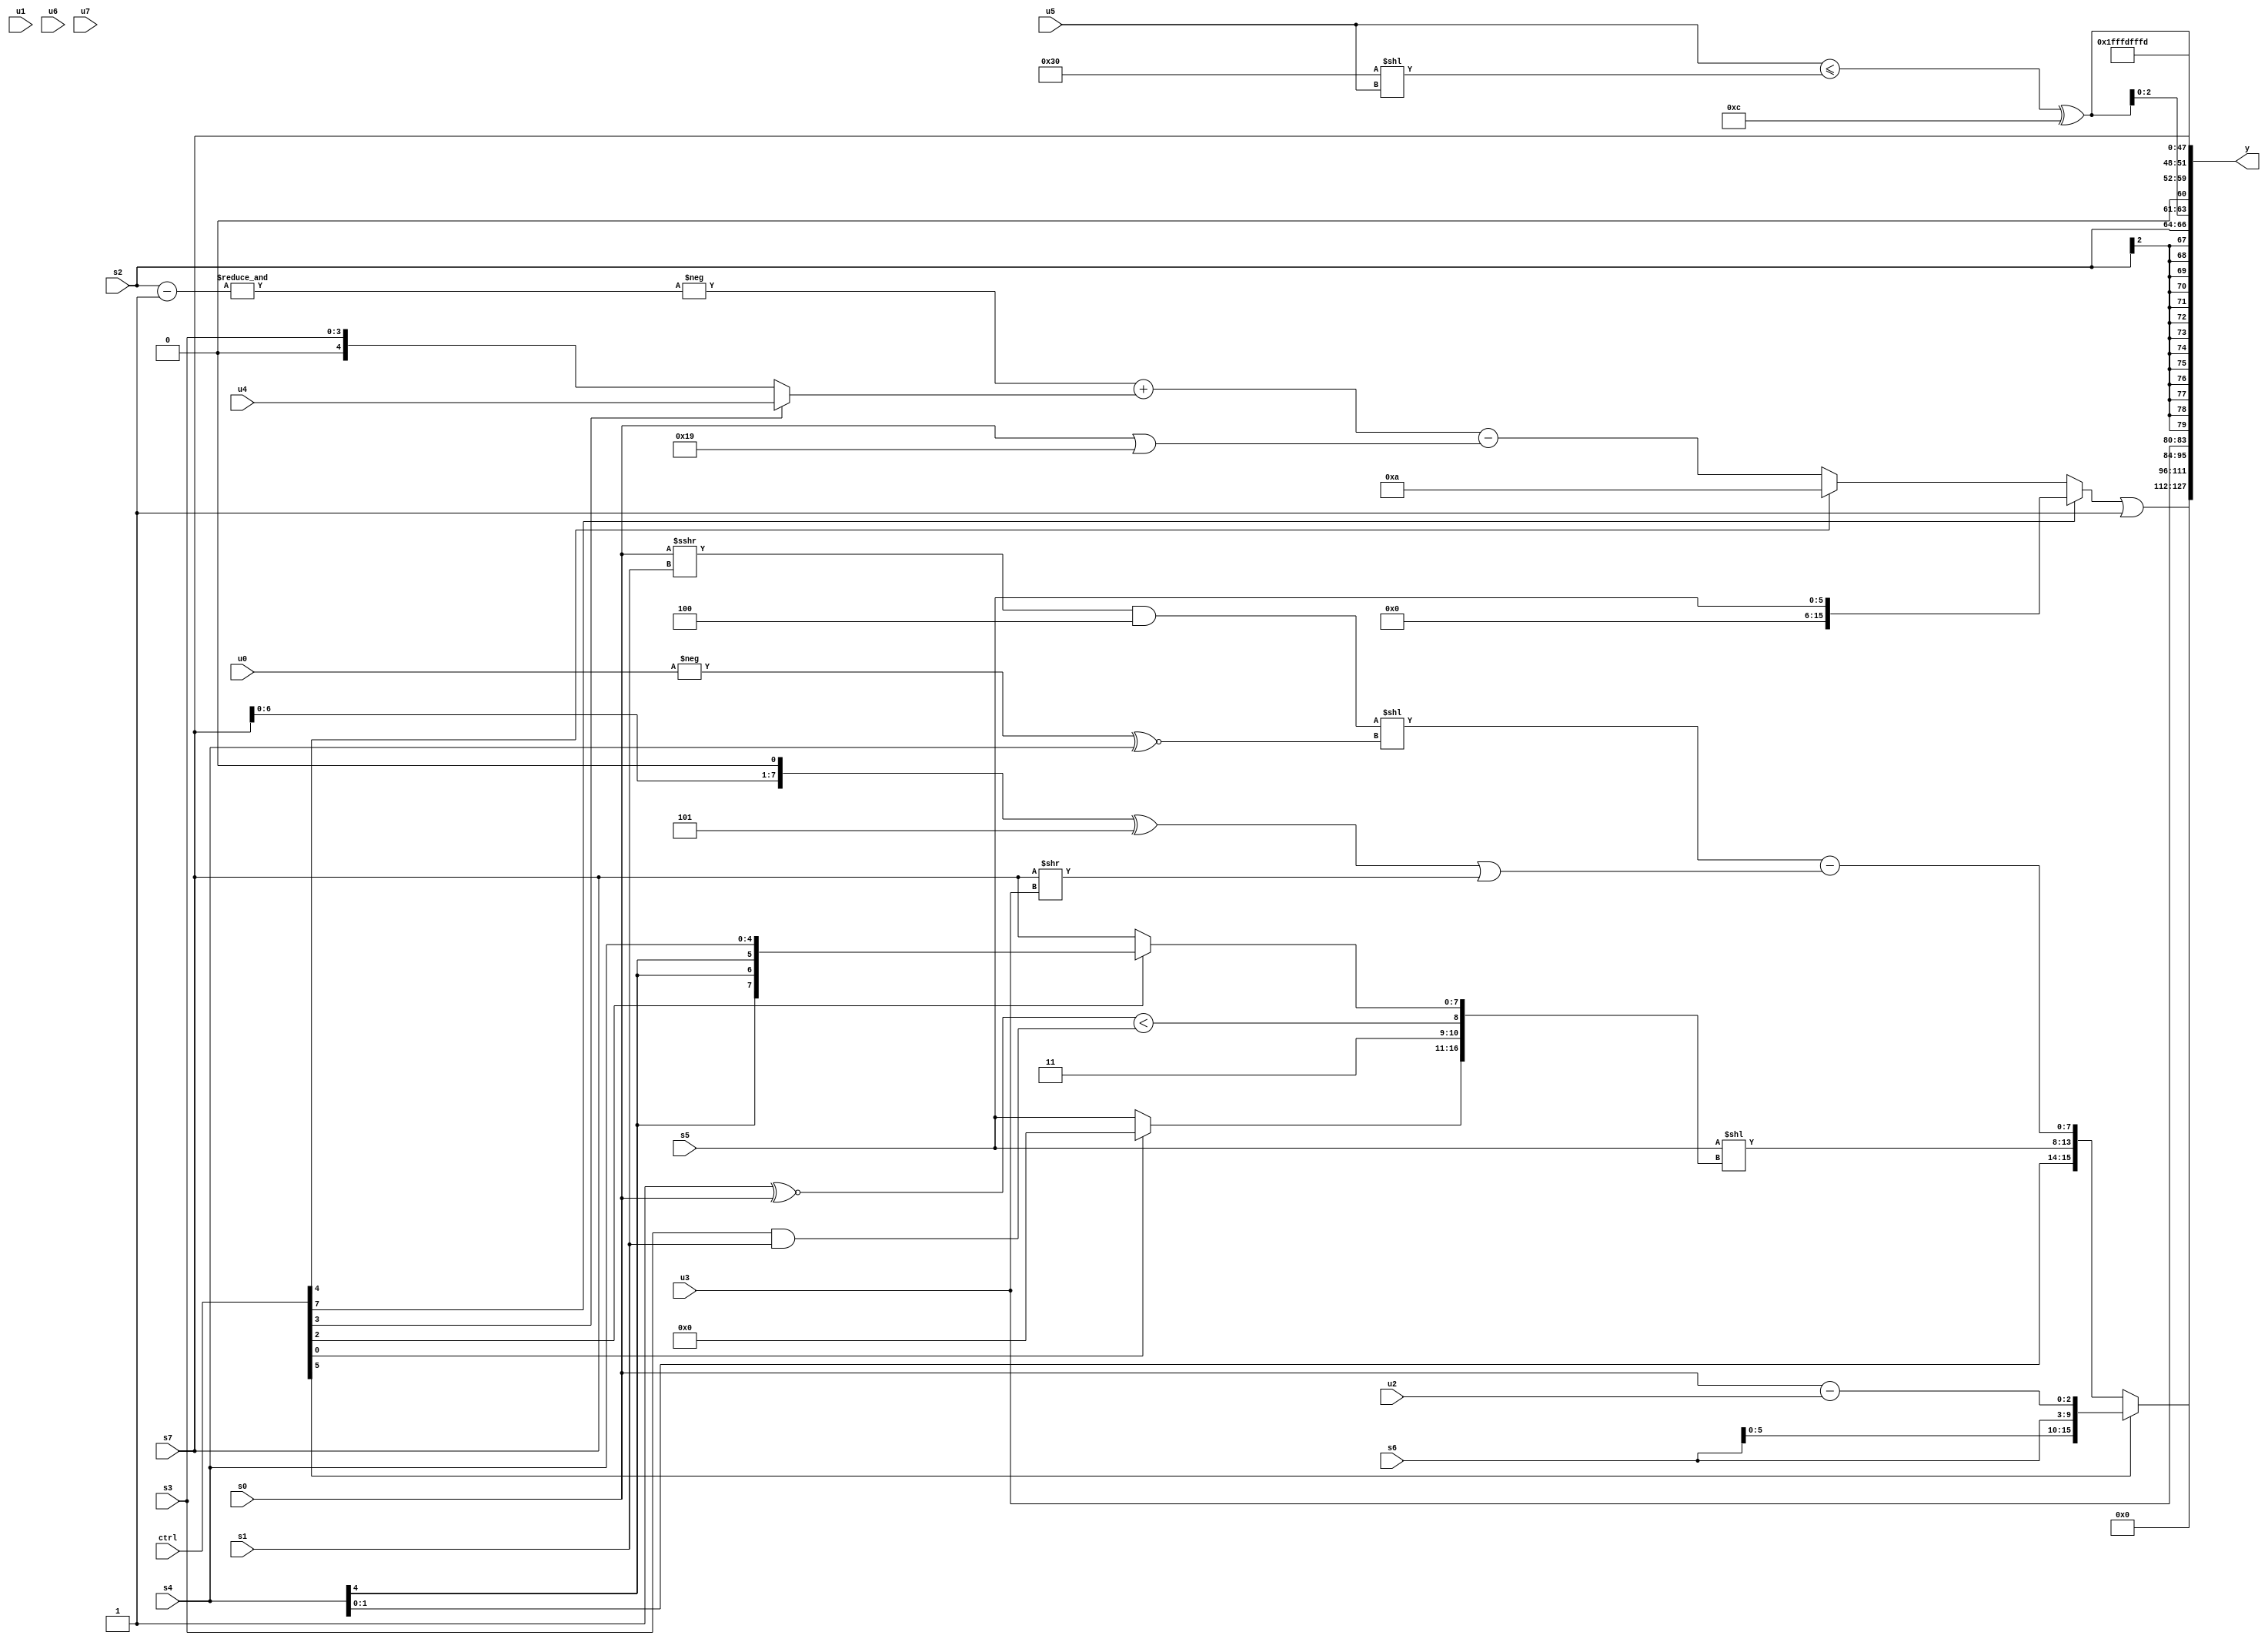
module wideexpr_00015(ctrl, u0, u1, u2, u3, u4, u5, u6, u7, s0, s1, s2, s3, s4, s5, s6, s7, y);
  input [7:0] ctrl;
  input [0:0] u0;
  input [1:0] u1;
  input [2:0] u2;
  input [3:0] u3;
  input [4:0] u4;
  input [5:0] u5;
  input [6:0] u6;
  input [7:0] u7;
  input signed [0:0] s0;
  input signed [1:0] s1;
  input signed [2:0] s2;
  input signed [3:0] s3;
  input signed [4:0] s4;
  input signed [5:0] s5;
  input signed [6:0] s6;
  input signed [7:0] s7;
  output [127:0] y;
  wire [15:0] y0;
  wire [15:0] y1;
  wire [15:0] y2;
  wire [15:0] y3;
  wire [15:0] y4;
  wire [15:0] y5;
  wire [15:0] y6;
  wire [15:0] y7;
  assign y = {y0,y1,y2,y3,y4,y5,y6,y7};
  assign y0 = ((ctrl[7]?s5:(ctrl[4]?6'sb001010:((-(&((s2)-(3'sb111))))+((ctrl[3]?(ctrl[3]?$signed(u4):s3):+((s3)<<<(2'sb00)))))-(((s0)|($signed((5'sb10110)+(3'b011))))>>((($signed(4'sb0111))==((1'sb0)&(3'sb000)))&(((6'sb000101)<<(s4))>>>((3'sb001)^~(1'sb0))))))))|($signed((&($signed(3'sb011)))^($unsigned(!(-(($signed(6'b011100))<<($unsigned(5'sb00111))))))));
  assign y1 = (ctrl[5]?{+({s6,s6,(ctrl[5]?(s0)-(u2):(5'b01100)==(4'sb0010))})}:{s3,$signed(s4),(s5)<<({(ctrl[0]?$signed(1'sb0):$signed(s5)),2'sb11,((1'sb1)^~(s0))<((s3)&(s1)),((ctrl[2]?s4:s7))>>>((2'sb11)<<<(6'sb010110))}),((((s0)>>>(s1))&((3'sb000)+(3'sb100)))<<((-(u0))^~(s4)))-((((s7)<<<(1'sb1))^(+(5'sb11101)))|($signed((s7)>>(u3))))});
  assign y2 = u3;
  assign y3 = $signed($signed(s2));
  assign y4 = $unsigned({2{{1'sb0,s7,((u5)<=((6'b110000)<<(u5)))^(4'sb1100)}}});
  assign y5 = {1{((+(1'sb0))<<($signed(1'sb0)))!=(-($unsigned(1'sb1)))}};
  assign y6 = 5'sb11101;
  assign y7 = 3'sb101;
endmodule